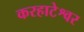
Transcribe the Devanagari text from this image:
करहाटेश्वर